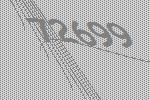
72699